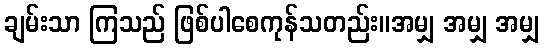
ချမ်းသာ ကြသည် ဖြစ်ပါစေကုန်သတည်း။အမျှ အမျှ အမျှ